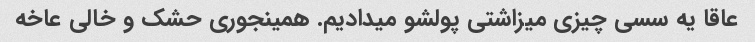
عاقا یه سسی چیزی میزاشتی پولشو میدادیم. همینجوری حشک و خالی عاخه